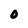
Character: O